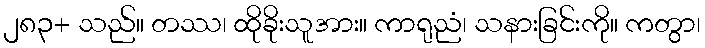
၂၈၃+ သည်။ တဿ၊ ထိုခိုးသူအား။ ကာရုညံ၊ သနားခြင်းကို။ ကတွာ၊